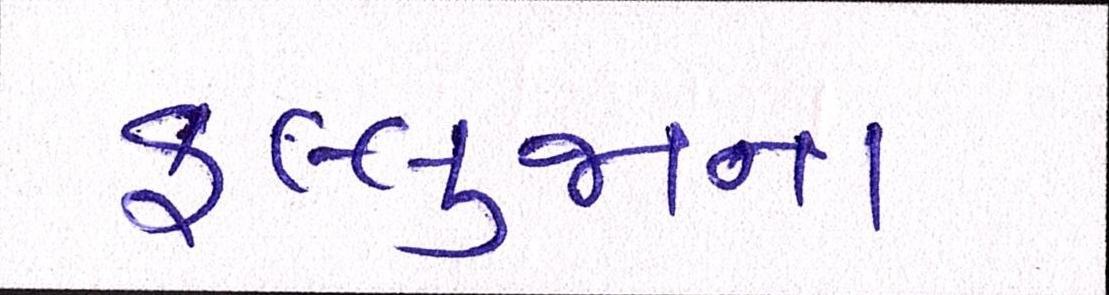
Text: ફલ્લુજાના